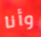
وأنا